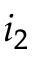
i _ { 2 }